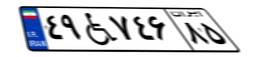
۳۵W۱۰۲۰۹